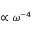
\propto \omega ^ { - 4 }